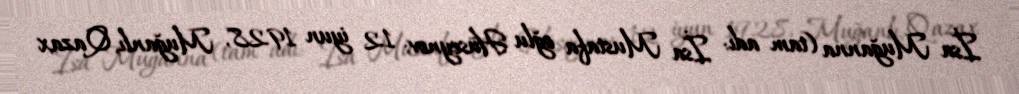
İsa Muğanna (tam adı: İsa Mustafa oğlu Hüseynov; 12 iyun 1928, Muğanlı, Qazax